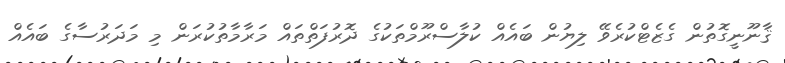
ޤާނޫނީގޮތުން ގެޒެޓްކުރެވޭ ލިޔުން ބައެއް ކުލާސްރޫމްތަކުގެ ދޮރުފަތްތައް މަރާމާތުކުރަން މި މަދަރުސާގެ ބައެއް